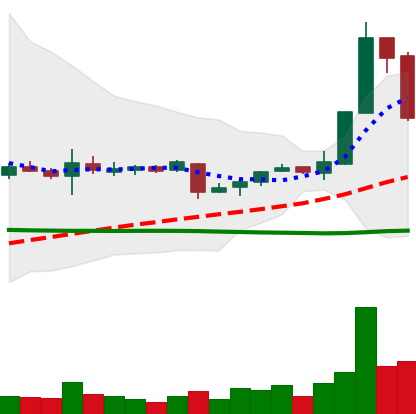
Ticker: XRP-USD
Chart end date: 2018-11-08
Forward return: 3.365%
Label: up_3_5